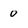
Character: 0